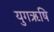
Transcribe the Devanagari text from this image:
युगऋषि